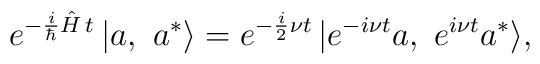
e^{-\frac{i}{\hbar}\hat H\,t}\,| a,\,\,a^*\rangle=e^{-\frac{i}{2}\nu t}\,|e^{-i\nu t} a,\,\,e^{i\nu t}a^* \rangle,